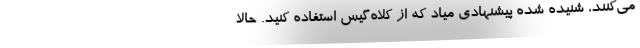
مي‌کنند، شنيده شده پيشنهادي مياد که از کلاه‌گيس استفاده کنيد. حالا